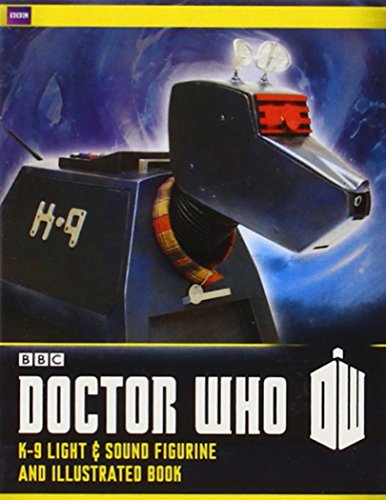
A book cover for Doctor Who: K-9 Light-and-Sound Figurine and Illustrated Book; Humor & Entertainment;